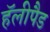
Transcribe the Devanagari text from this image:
हॅलीपैड